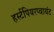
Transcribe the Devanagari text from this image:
हर्स्टपियरप्वायंट